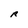
Character: R